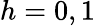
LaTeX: h=0,1